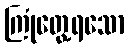
ကြုံတွေ့ရသော